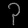
Digit: ၃